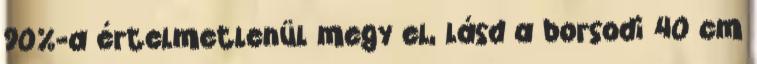
90%-a értelmetlenül megy el, lásd a borsodi 40 cm